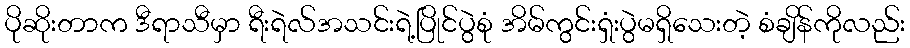
ပိုဆိုးတာက ဒီရာသီမှာ ရီးရဲလ်အသင်းရဲ့ပြိုင်ပွဲစုံ အိမ်ကွင်းရှံးပွဲမရှိသေးတဲ့ စံချိန်ကိုလည်း